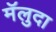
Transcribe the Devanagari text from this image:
मॅलुदा